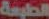
الطبعة